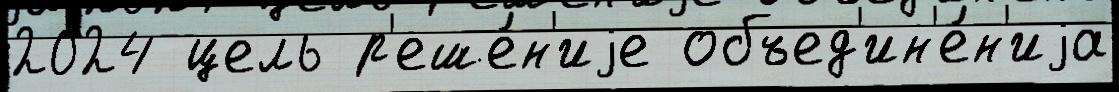
2024 цель р'еше́н'иjе объед'ин'е́н'иjа